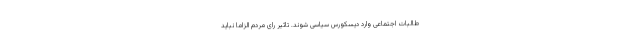
طالبات اجتماعی وارد دیسکورس سیاسی شوند. تاثیر رای مردم الزاما نباید